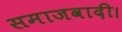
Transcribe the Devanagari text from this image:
समाजवादी।